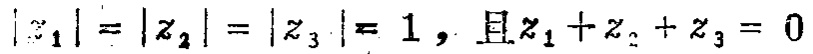
\(\vert z_{1}\vert=\vert z_{2}\vert=\vert z_{3}\vert = 1，且z_{1}+z_{2}+z_{3}=0\)